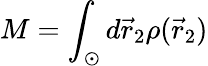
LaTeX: M=\int_{\odot}d\vec{r}_{2}\rho(\vec{r}_{2})